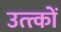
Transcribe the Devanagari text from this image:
उत्त्कों